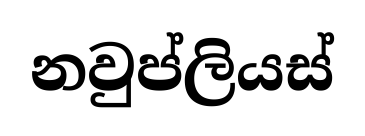
නවුප්ලියස්